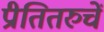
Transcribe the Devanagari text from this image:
प्रीतितरुचें